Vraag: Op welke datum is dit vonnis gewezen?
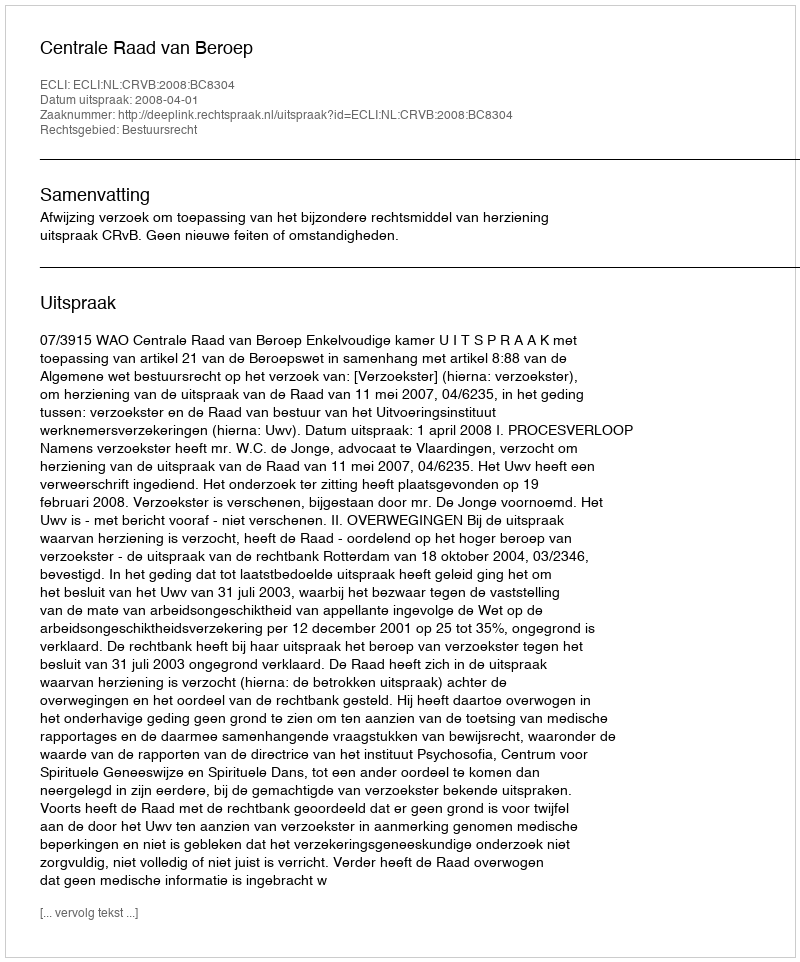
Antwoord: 2008-04-01